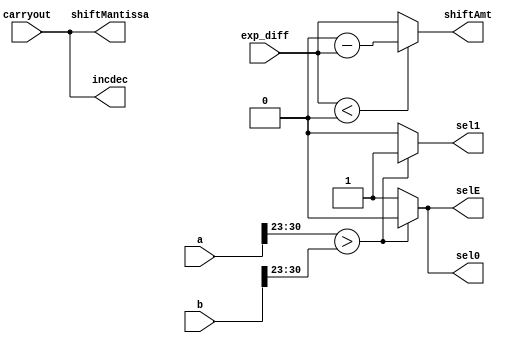
module control(a,b,exp_diff,sel0,sel1,selE,carryout,shiftAmt,shiftMantissa,incdec);
input [31:0] a,b;
input [7:0] exp_diff;
output reg sel0,sel1,selE;
output reg [7:0] shiftAmt, shiftMantissa;
input [7:0] carryout;
output reg [7:0] incdec; 

always @ *
begin
shiftAmt = exp_diff;
shiftMantissa = carryout;
incdec = carryout;

if(a[30:23]>b[30:23])
begin
	sel0 = 0;
	sel1 = 1;
	selE = 0;
end

else
begin
	sel0 = 1;
	sel1 = 0;
	selE = 1;
end

if(exp_diff<0)
begin
shiftAmt = 0 -shiftAmt ;
end

end
endmodule